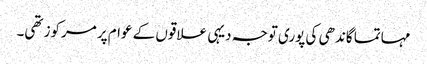
مہاتما گاندھی کی پوری توجہ دیہی علاقوں کے عوام پر مرکوز تھی۔